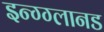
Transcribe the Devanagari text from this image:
इन्ग्ग्लानड